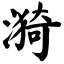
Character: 漪